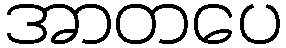
အာတပေ